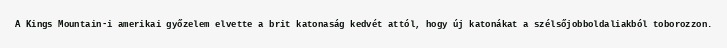
A Kings Mountain-i amerikai győzelem elvette a brit katonaság kedvét attól, hogy új katonákat a szélsőjobboldaliakból toborozzon.